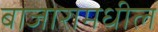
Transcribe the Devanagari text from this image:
बाजारामधील